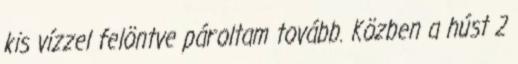
kis vízzel felöntve pároltam tovább. Közben a húst 2